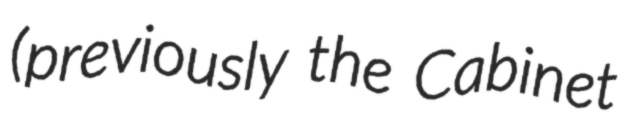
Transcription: (previously the Cabinet